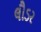
લૌડર